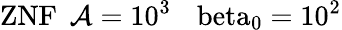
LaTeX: \mathrm{{ZNF}\: \: \mathcal{A}=10^{3}\: \: \: \ beta_{0}=10^{2}}